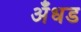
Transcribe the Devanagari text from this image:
अँधड